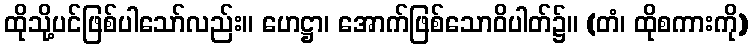
ထိုသို့ပင်ဖြစ်ပါသော်လည်း။ ဟေဋ္ဌာ၊ အောက်ဖြစ်သောဝိပါတ်၌။ (တံ၊ ထိုစကားကို)